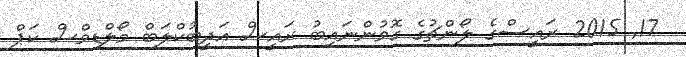
17